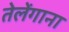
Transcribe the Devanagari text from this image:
तेलेंगाना